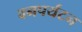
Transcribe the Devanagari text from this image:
वनपर्यटन